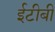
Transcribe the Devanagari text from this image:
ईटीबी